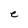
Character: e